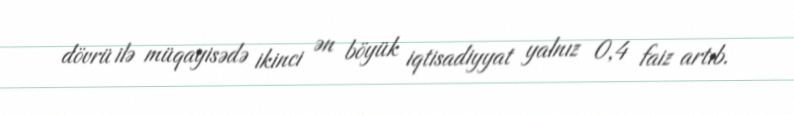
dövrü ilə müqayisədə ikinci ən böyük iqtisadiyyat yalnız 0,4 faiz artıb.